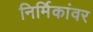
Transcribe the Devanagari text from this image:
निर्मिकांवर